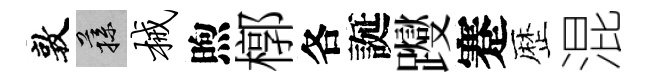
敦蓀械煦槨各誕躞蹇歴混